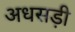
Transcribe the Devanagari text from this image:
अधसड़ी